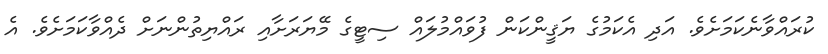
ކުރައްވާނެކަމަށެވެ. އަދި އެކަމުގެ ޔަޤީންކަން ފުވައްމުލައް ސިޓީގެ މޭޔަރަށާއި ރައްޔިތުންނަށް ދެއްވާކަމަށެވެ. އެ